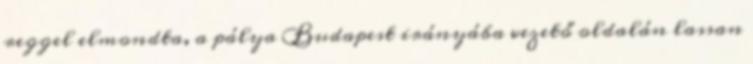
reggel elmondta, a pálya Budapest irányába vezető oldalán lassan